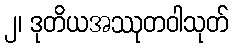
၂၊ ဒုတိယအဿုတဝါသုတ်